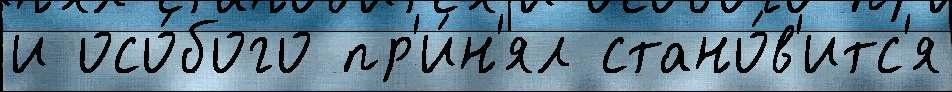
и осо́бого пр'и́н'ял стано́в'итс'я